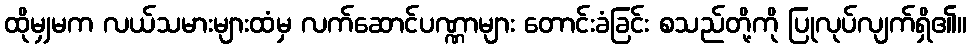
ထိုမျှမက လယ်သမားများထံမှ လက်ဆောင်ပဏ္ဏာများ တောင်းခံခြင်း စသည်တို့ကို ပြုလုပ်လျက်ရှိ၏။